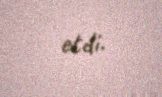
etdi.